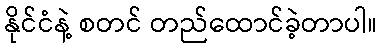
နိုင်ငံနဲ့ စတင် တည်ထောင်ခဲ့တာပါ။